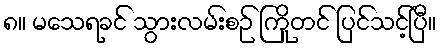
၈။ မသေရခင် သွားလမ်းစဉ် ကြိုတင် ပြင်သင့်ပြီ။